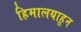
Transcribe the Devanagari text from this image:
हिमालयाहून